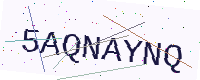
Text: 5AQNAYNQ